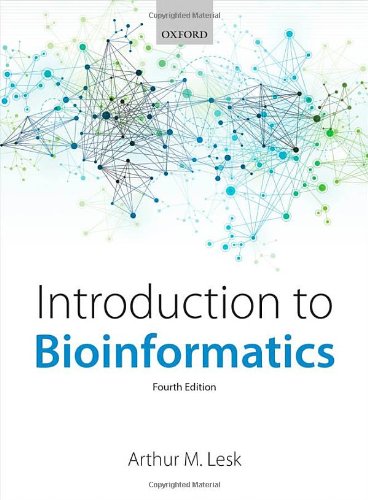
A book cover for Introduction to Bioinformatics; Arthur Lesk; Computers & Technology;